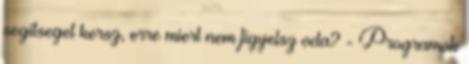
segitseget kersz, erre miert nem figyelsz oda? - Programok